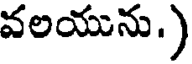
వలయును.)